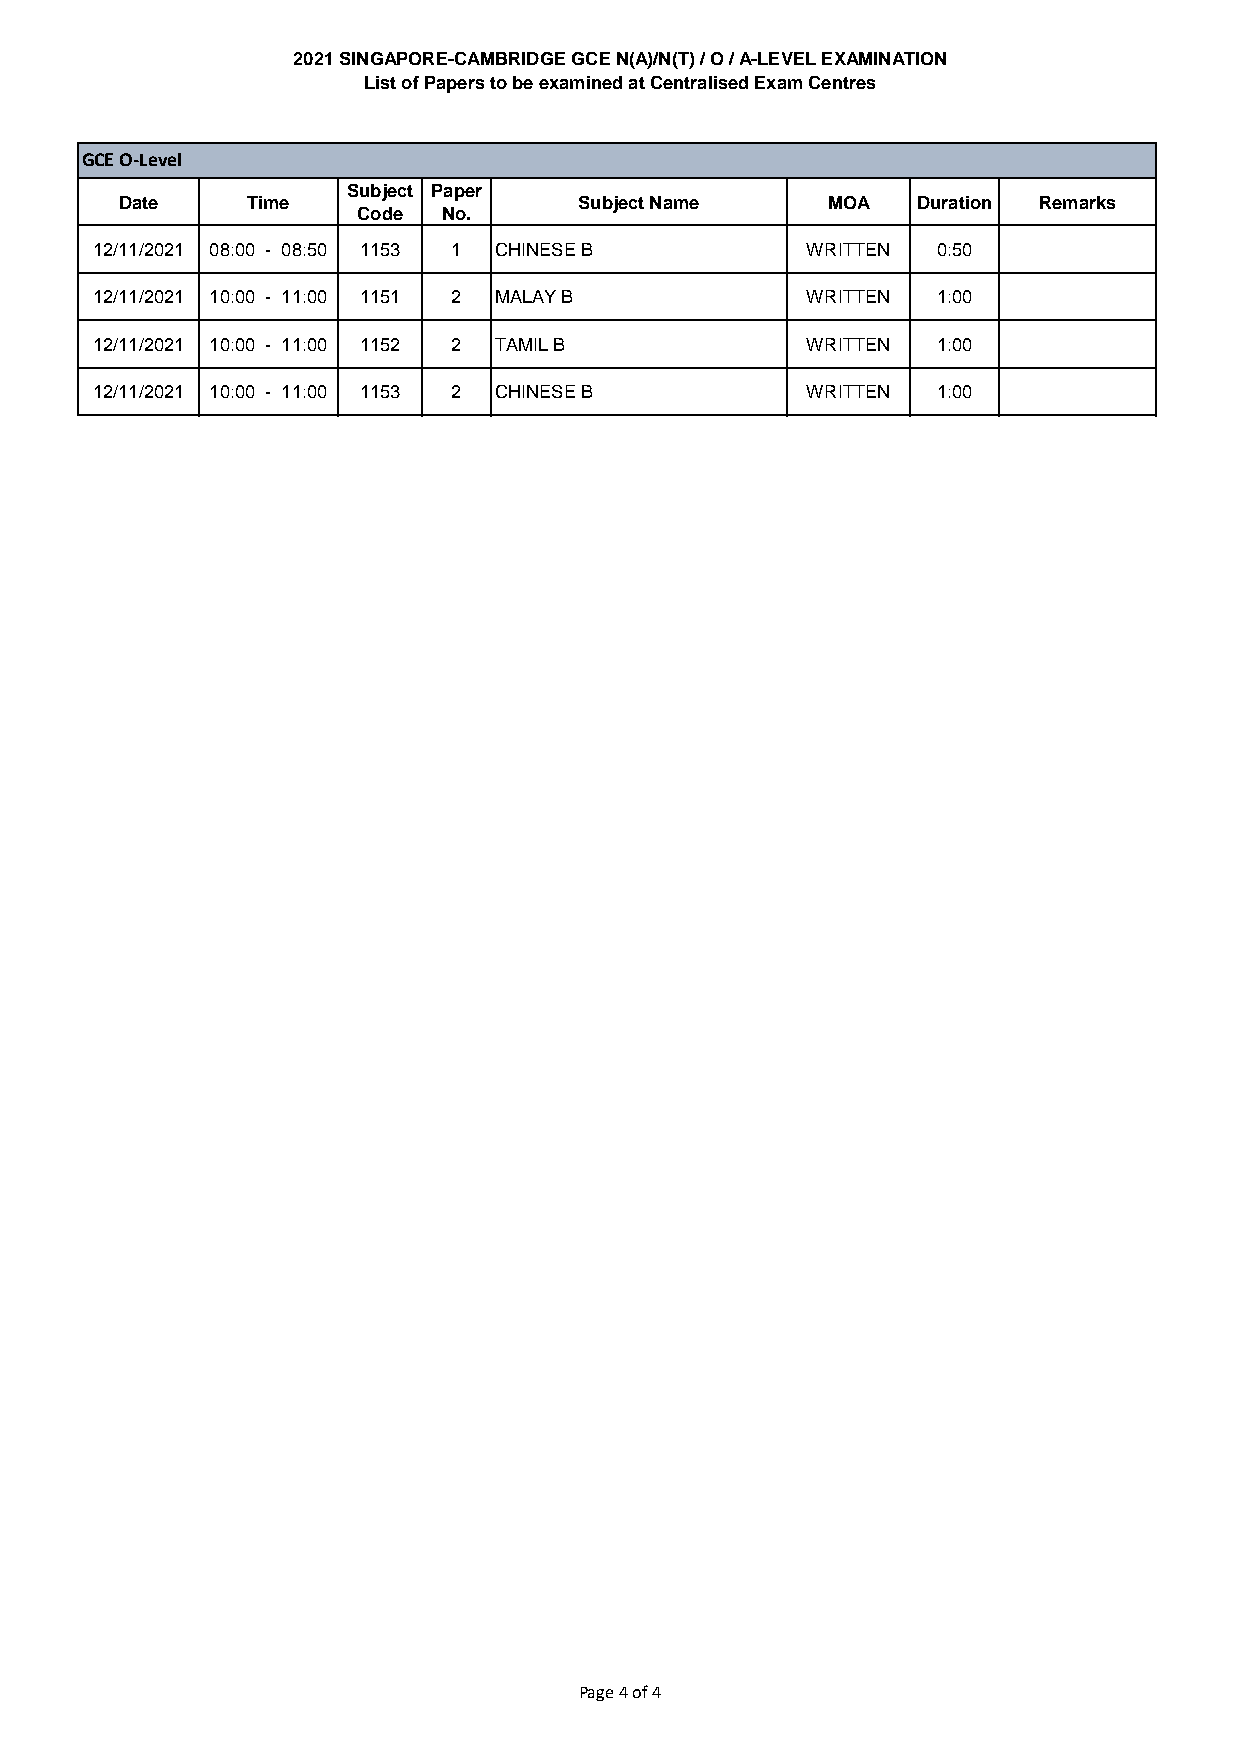
2021 SINGAPORE-CAMBRIDGE GCE N(A)/N(T) / O / A-LEVEL EXAMINATION
 List of Papers to be examined at Centralised Exam Centres
 GCE O-Level
 Subject Paper
 Date    Time                  Subject Name     MOA   Duration Remarks
 Code No.
 12/11/2021 08:00 - 08:50 1153 1 CHINESE B      WRITTEN  0:50
 12/11/2021 10:00 - 11:00 1151 2 MALAY B        WRITTEN  1:00
 12/11/2021 10:00 - 11:00 1152 2 TAMIL B        WRITTEN  1:00
 12/11/2021 10:00 - 11:00 1153 2 CHINESE B      WRITTEN  1:00
 Page 4 of 4